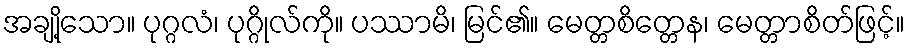
အချို့သော။ ပုဂ္ဂလံ၊ ပုဂ္ဂိုလ်ကို။ ပဿာမိ၊ မြင်၏။ မေတ္တစိတ္တေန၊ မေတ္တာစိတ်ဖြင့်။